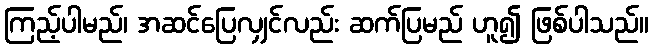
ကြည့်ပါမည်၊ အဆင်ပြေလျှင်လည်း ဆက်ပြမည် ဟူ၍ ဖြစ်ပါသည်။